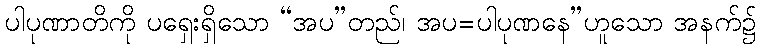
ပါပုဏာတိကို ပရှေးရှိသော “အပ”တည်၊ အပ=ပါပုဏနေ”ဟူသော အနက်၌